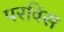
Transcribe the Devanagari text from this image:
परविस